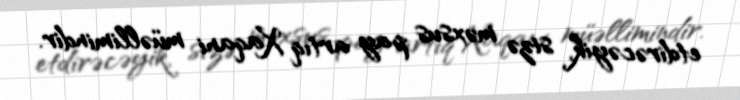
etdirəcəyik, sizə məxsus pay artıq Xaqani müəllimindir.